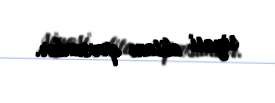
siyasi elitanı qovsunlar.